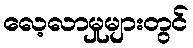
လေ့လာမှုများတွင်